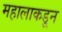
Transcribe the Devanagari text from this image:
महालाकडून